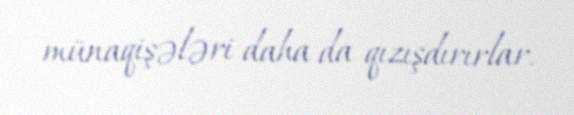
münaqişələri daha da qızışdırırlar.